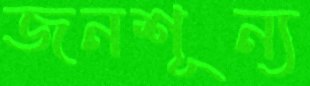
জনশূন্য